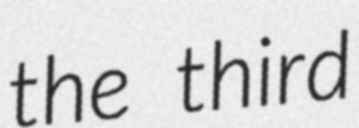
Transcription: the third